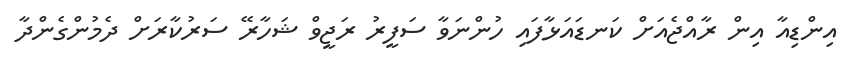
އިންޑިއާ އިން ރާއްޖެއަށް ކަނޑައަޅާފައި ހުންނަވާ ސަފީރު ރަޖީވް ޝަހާރޭ ސަރުކާރަށް ދެމުންގެންދާ